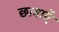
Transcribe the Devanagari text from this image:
छात्राएॅ